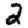
Digit: 2